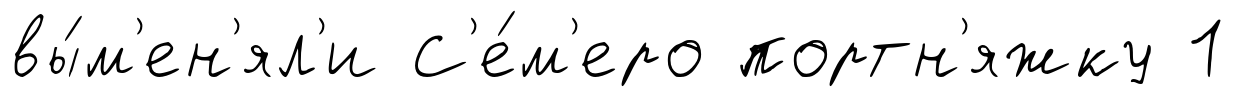
вы́м'ен'ял'и С'е́м'еро портн'яжку 1